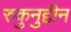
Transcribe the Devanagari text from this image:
रुकुनुद्दीन